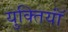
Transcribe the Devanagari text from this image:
युक्‍तियॉं